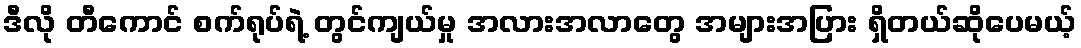
ဒီလို တီကောင် စက်ရုပ်ရဲ့ တွင်ကျယ်မှု အလားအလာတွေ အများအပြား ရှိတယ်ဆိုပေမယ့်